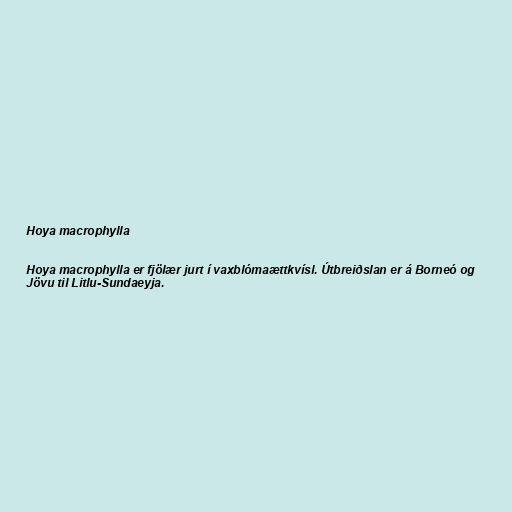
Hoya macrophylla

Hoya macrophylla er fjölær jurt í vaxblómaættkvísl. Útbreiðslan er á Borneó og
Jövu til Litlu-Sundaeyja.